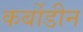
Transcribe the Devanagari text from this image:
कर्बोडीन